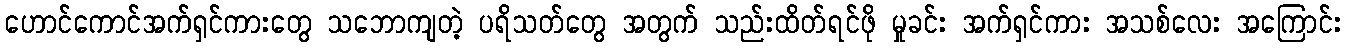
ဟောင်ကောင်အက်ရှင်ကားတွေ သဘောကျတဲ့ ပရိသတ်တွေ အတွက် သည်းထိတ်ရင်ဖို မှုခင်း အက်ရှင်ကား အသစ်လေး အကြောင်း